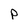
Character: P